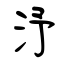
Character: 汿